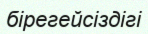
бірегейсіздігі